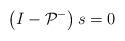
LaTeX: \begin{align*}\left(I-\mathcal{P}^-\right) s=0 \end{align*}